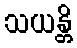
သယန္တိ